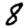
Digit: 8